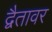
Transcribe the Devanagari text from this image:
द्वैतावर